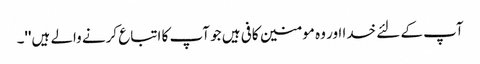
آپ کے لئے خدا اور وہ مومنین کافی ہیں جو آپ کا اتباع کرنے والے ہیں''۔